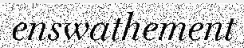
enswathement